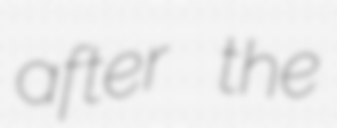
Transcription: after the